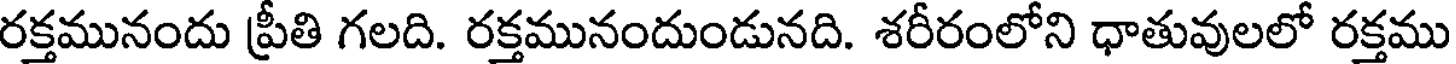
రక్తమునందు ప్రీతి గలది. రక్తమునందుండునది. శరీరంలోని ధాతువులలో రక్తము